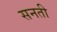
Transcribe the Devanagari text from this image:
सनती